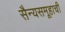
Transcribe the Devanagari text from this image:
सैन्यसमूहाची